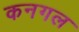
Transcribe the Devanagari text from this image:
कनगल